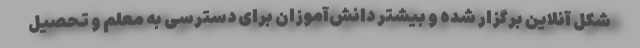
شکل آنلاین برگزار شده و بیشتر دانش‌آموزان برای دسترسی به معلم و تحصیل